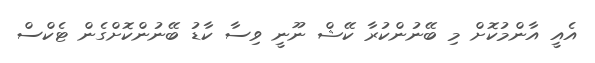
އެއީ އާންމުކޮށް މި ބޭނުންކުރާ ކޭޝް ނޫނީ ވިސާ ކާޑު ބޭނުންކޮށްގެން ޓެކްސް